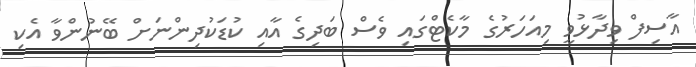
އާސިފް ވިދާޅުވީ މިއަހަރުގެ މާކެޓްގައި ވެސް ބަދިގެ އާއި ކުޑަކުދިންނަށް ބޭނުންވާ އެކި